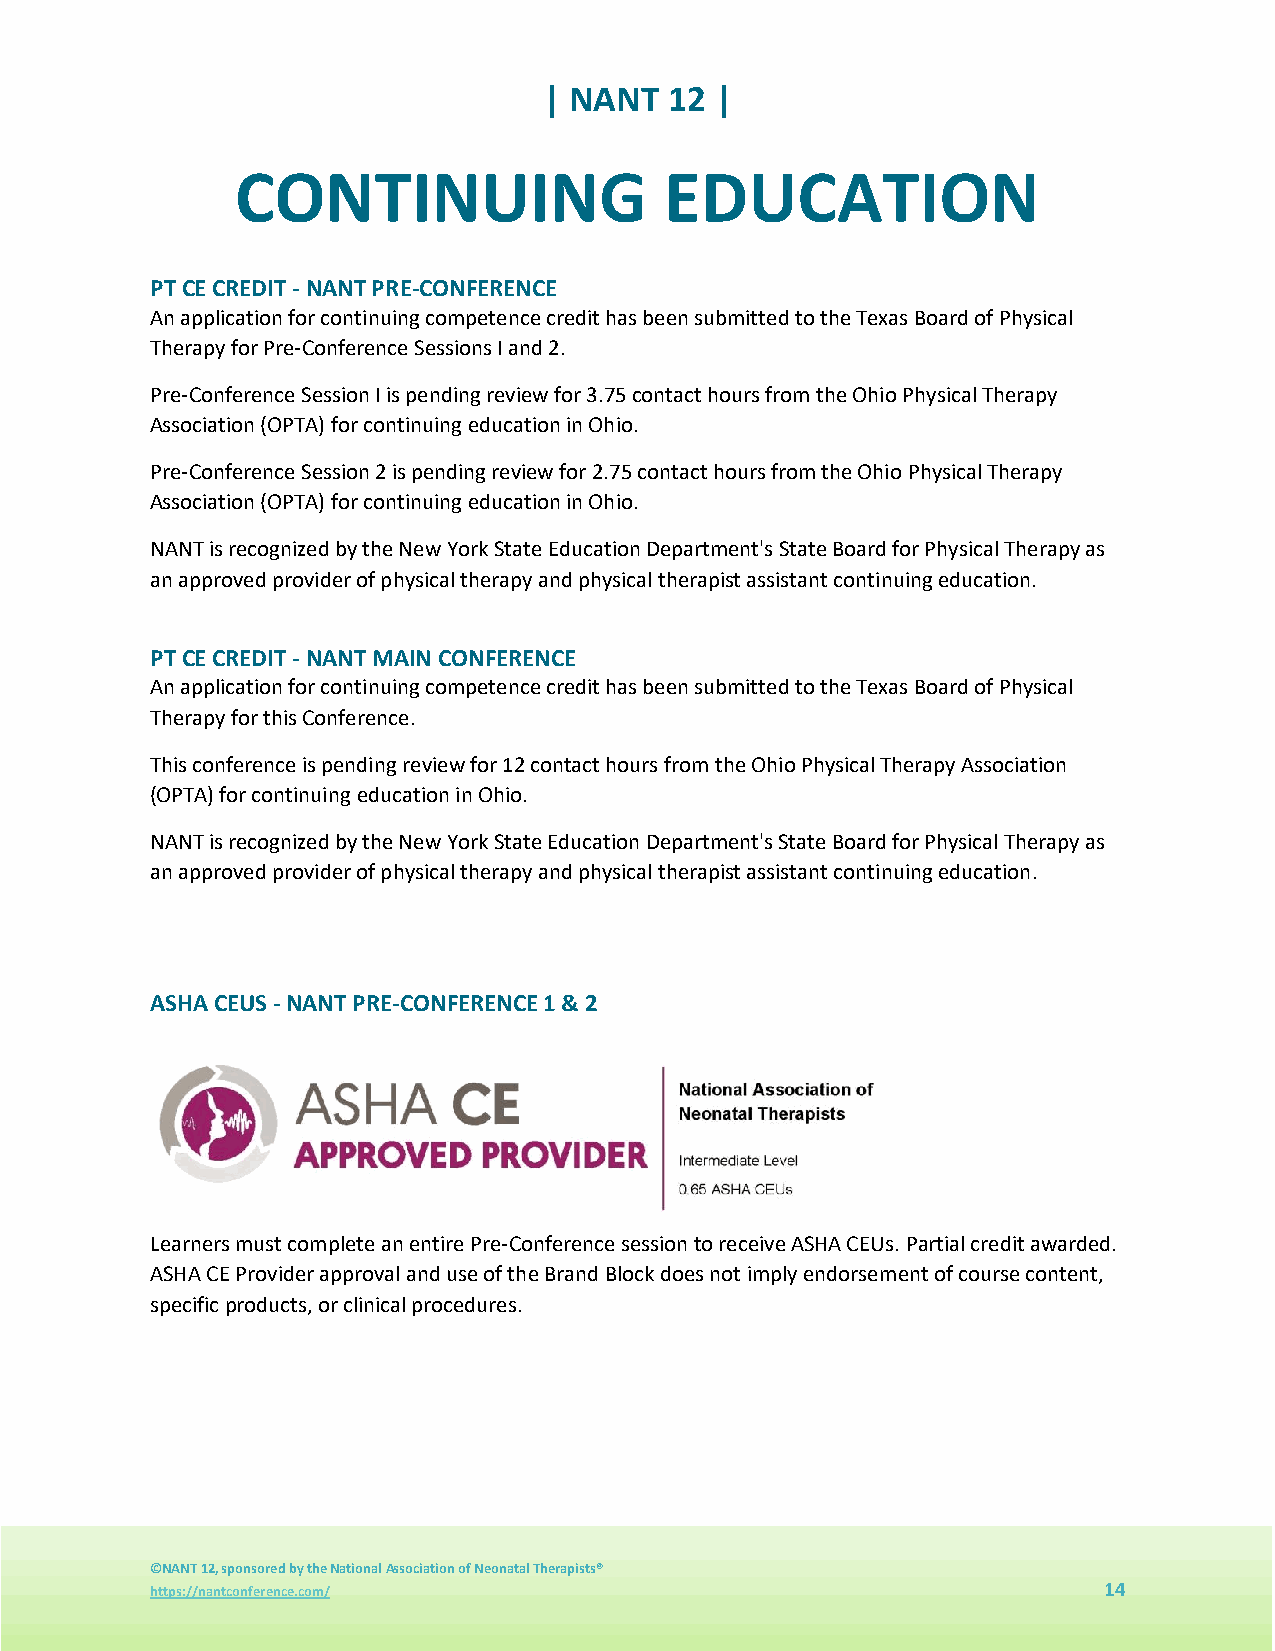
| NANT  12 |
 CONTINUING                  EDUCATION
 PT CE CREDIT - NANT PRE-CONFERENCE
 An application for continuing competence credit has been submitted to the Texas Board of Physical
 Therapy for Pre-Conference Sessions I and 2.
 Pre-Conference Session I is pending review for 3.75 contact hours from the Ohio Physical Therapy
 Association (OPTA) for continuing education in Ohio.
 Pre-Conference Session 2 is pending review for 2.75 contact hours from the Ohio Physical Therapy
 Association (OPTA) for continuing education in Ohio.
 NANT is recognized by the New York State Education Department's State Board for Physical Therapy as
 an approved provider of physical therapy and physical therapist assistant continuing education.
 PT CE CREDIT - NANT MAIN CONFERENCE
 An application for continuing competence credit has been submitted to the Texas Board of Physical
 Therapy for this Conference.
 This conference is pending review for 12 contact hours from the Ohio Physical Therapy Association
 (OPTA) for continuing education in Ohio.
 NANT is recognized by the New York State Education Department's State Board for Physical Therapy as
 an approved provider of physical therapy and physical therapist assistant continuing education.
 ASHA CEUS - NANT PRE-CONFERENCE 1 & 2
 Learners must complete an entire Pre-Conference session to receive ASHA CEUs. Partial credit awarded.
 ASHA CE Provider approval and use of the Brand Block does not imply endorsement of course content,
 specific products, or clinical procedures.
 ©NANT 12, sponsored by the National Association of Neonatal Therapists®
 https://nantconference.com/                                    14